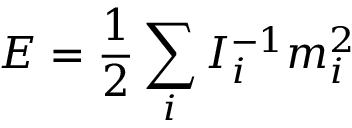
E = \frac 1 2 \sum _ { i } I _ { i } ^ { - 1 } m _ { i } ^ { 2 }